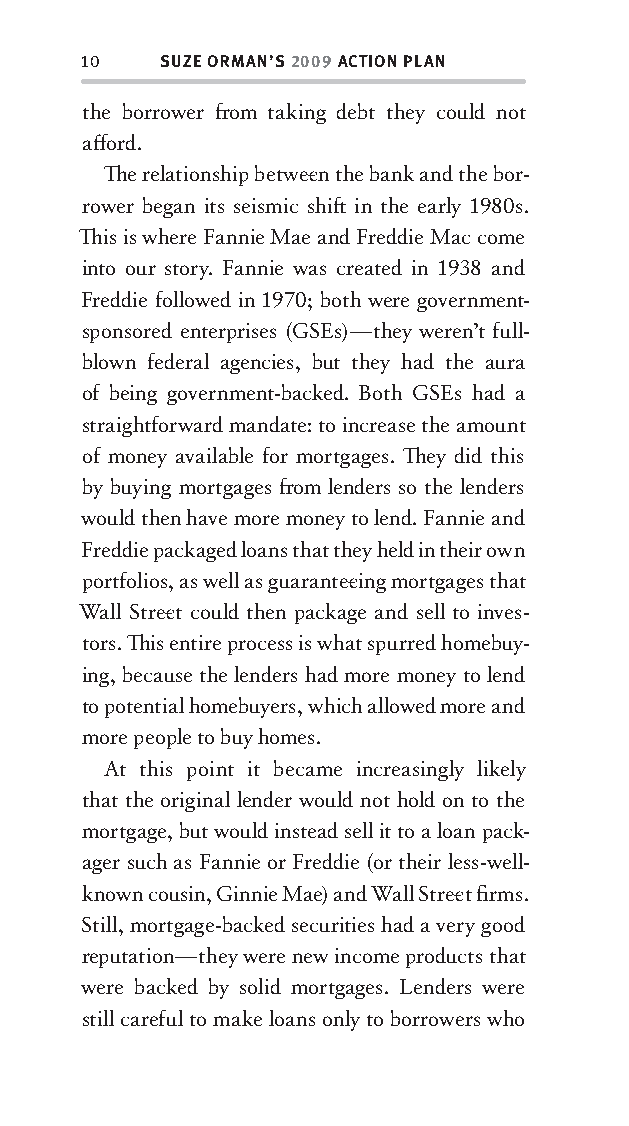
10   SUZE ORMAN’S 2009 ACTION PLAN
 the borrower fr om taking debt they could not
 aff ord.
 Th e relationship betw ee n the bank and the bor-
 rower began its seismic shift in the early 1980s.
 Th is is where Fannie Mae and Freddie Mac come
 into our story. Fannie was created in 1938 and
 Freddie followed in 1970; both were government-
 sponsored enterprises (GSEs)—they weren’t full-
 blown federal agencies, but they had the aura
 of being government-backed. Both GSEs had a
 straightforward mandate: to increase the amount
 of money available for mortgages. Th ey did this
 by buying mortgages fr om lenders so the lenders
 would then have more money to lend. Fannie and
 Freddie packaged loans that they held in their own
 portfolios, as well as guarantee ing mortgages that
 Wall Stree t could then package and sell to inves-
 tors. Th is entire process is what spurred homebuy-
 ing, because the lenders had more money to lend
 to potential homebuyers, which allowed more and
 more people to buy homes.
 At this point it became increasingly likely
 that the original lender would not hold on to the
 mortgage, but would instead sell it to a loan pack-
 ager such as Fannie or Freddie (or their less-well-
 known cousin, Ginnie Mae) and Wall Stree t fi rms.
 Still, mortgage-backed securities had a very good
 reputation—they were new income products that
 were backed by solid mortgages. Lenders were
 still careful to make loans only to borrowers who
 OOrrmmaa__99778800338855553300993344__44pp__aallll__rr11..iinndddd 1100 1122//33//0088 99::3300::5588 AAMM